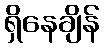
ရှိနေချိန်